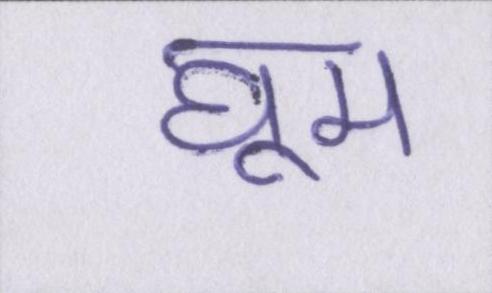
घूम